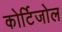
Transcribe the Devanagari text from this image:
कोर्टिजोल